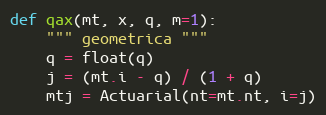
Language: Python
def qax(mt, x, q, m=1):
    """ geometrica """
    q = float(q)
    j = (mt.i - q) / (1 + q)
    mtj = Actuarial(nt=mt.nt, i=j)